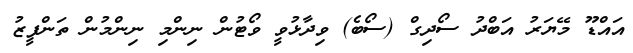
އައްޑޫ މޭޔަރު އަބްދު ސޯދިގް (ސޯބެ) ވިދާޅުވީ ވޯޓުން ނިންމި ނިންމުން ތަންފީޒު